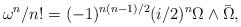
LaTeX: \begin{align*} \omega^{n}/n! = (-1)^{n(n-1)/2} (i/2)^{n} \Omega \wedge \bar{\Omega}, \end{align*}